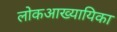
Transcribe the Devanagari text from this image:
लोकआख्यायिका